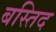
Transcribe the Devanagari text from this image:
बस्तिद